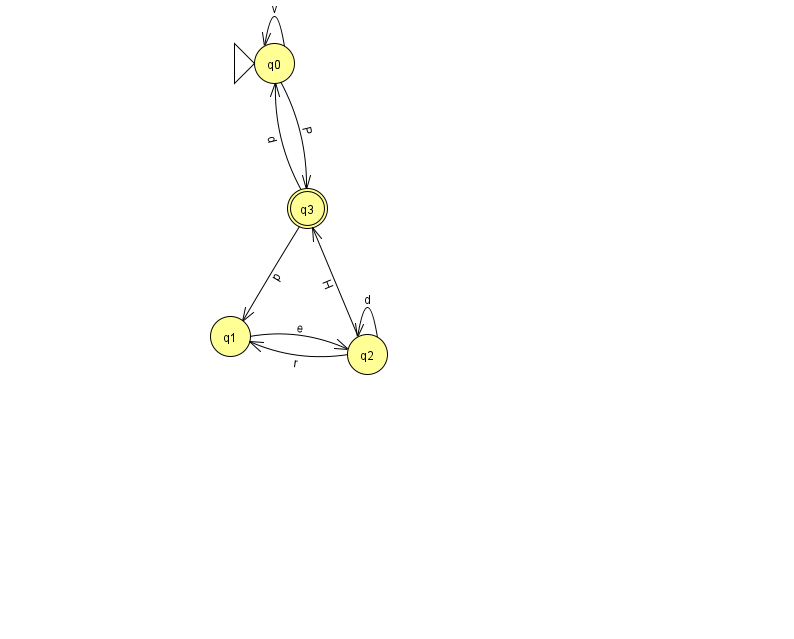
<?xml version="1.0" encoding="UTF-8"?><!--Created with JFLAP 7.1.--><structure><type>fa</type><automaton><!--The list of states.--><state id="0" name="q0"><x>274.0</x><y>50.0</y><initial/></state><state id="1" name="q1"><x>230.0</x><y>323.0</y></state><state id="2" name="q2"><x>367.0</x><y>341.0</y></state><state id="3" name="q3"><x>307.0</x><y>195.0</y><final/></state><!--The list of transitions.--><transition><from>2</from><to>2</to><read>d</read></transition><transition><from>0</from><to>0</to><read>v</read></transition><transition><from>3</from><to>1</to><read>p</read></transition><transition><from>2</from><to>3</to><read>H</read></transition><transition><from>2</from><to>1</to><read>r</read></transition><transition><from>3</from><to>0</to><read>d</read></transition><transition><from>1</from><to>2</to><read>e</read></transition><transition><from>0</from><to>3</to><read>P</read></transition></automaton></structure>